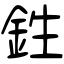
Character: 鉎